system: You are a helpful assistant.
user:
Analyze the provided spectrum to determine if it is a **Carbon Star (C-type)**.

- **Key Visual Indicators of Carbon Star:**
    - **(Primary):** Strong molecular absorption from **C₂ (diatomic carbon) "Swan Bands."** This is the **defining feature** of a carbon star.
        - **(Key Bandheads):** Sharp absorption edges are visible at approximately $5635$ Å, $5165$ Å (the strongest band), and $4737$ Å.
        - **(Line Profile):** Creates a distinct **"saw-tooth"** pattern. The key morphology is a sharp, steep bandhead on the **red (long-wavelength) side**, which then gradually tapers off (i.e., flux recovers) towards the **blue (short-wavelength) side**. *(This is the direct opposite of the TiO bands seen in M-type stars)*.

    - **(Secondary):** Intense **CN (cyanogen)** molecular absorption bands.
        - **(Key Bandheads):** Located in the blue and violet regions of the spectrum (e.g., near $4215$ Å and $3883$ Å).
        - **(Morphology):** These bands are extremely broad and act as a "blanket," absorbing the vast majority of blue and violet light. This creates a characteristic **"cliff"** or **"steep drop-off"** in the spectrum's flux at short wavelengths.

    - **(Key Confirmation):** Strong **CH absorption band (G-band)**.
        - **(Key Bandhead):** Located around $4300$ Å. The contribution from CH molecules to this band is exceptionally strong.

    - **(Overall Spectrum):**
        - The continuum is severely "chopped up" by these deep molecular bands, especially C₂, rather than appearing as a smooth curve.
        - Due to the heavy CN and C₂ absorption in the blue-green, the vast majority of the star's flux is concentrated in the red part of the spectrum, giving the star its characteristic deep red color.

Think first, call **spectral_visualization_tool** if needed to examine features in detail, then provide your final answer. Your response must adhere to the following strict rules:
1.  **Overall Structure:** Your response must follow the format `<think>...</think> <tool_call>...</tool_call> (if a tool is used) <answer>...</answer>`.
2.  **Tool Usage Constraint:** You may only make **one** tool call per turn.
3.  **Final Answer Format:** In the `<answer>` tag, your conclusion must be inside a `\boxed{}` command (e.g., `\boxed{YES}`), followed by your justification.

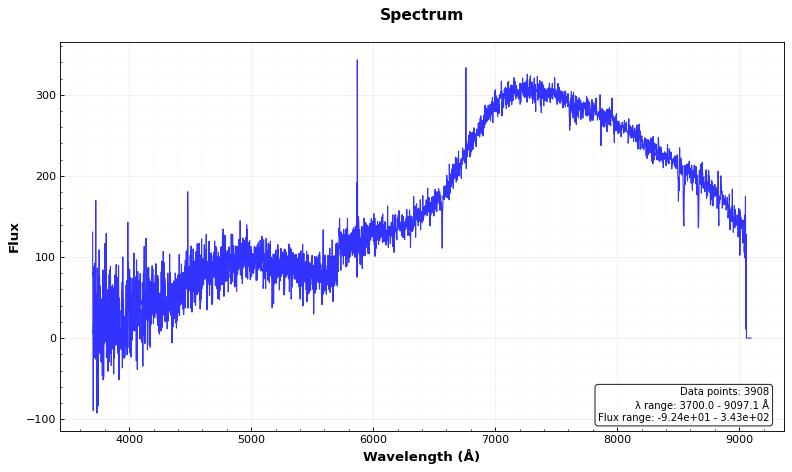
Answer: NO